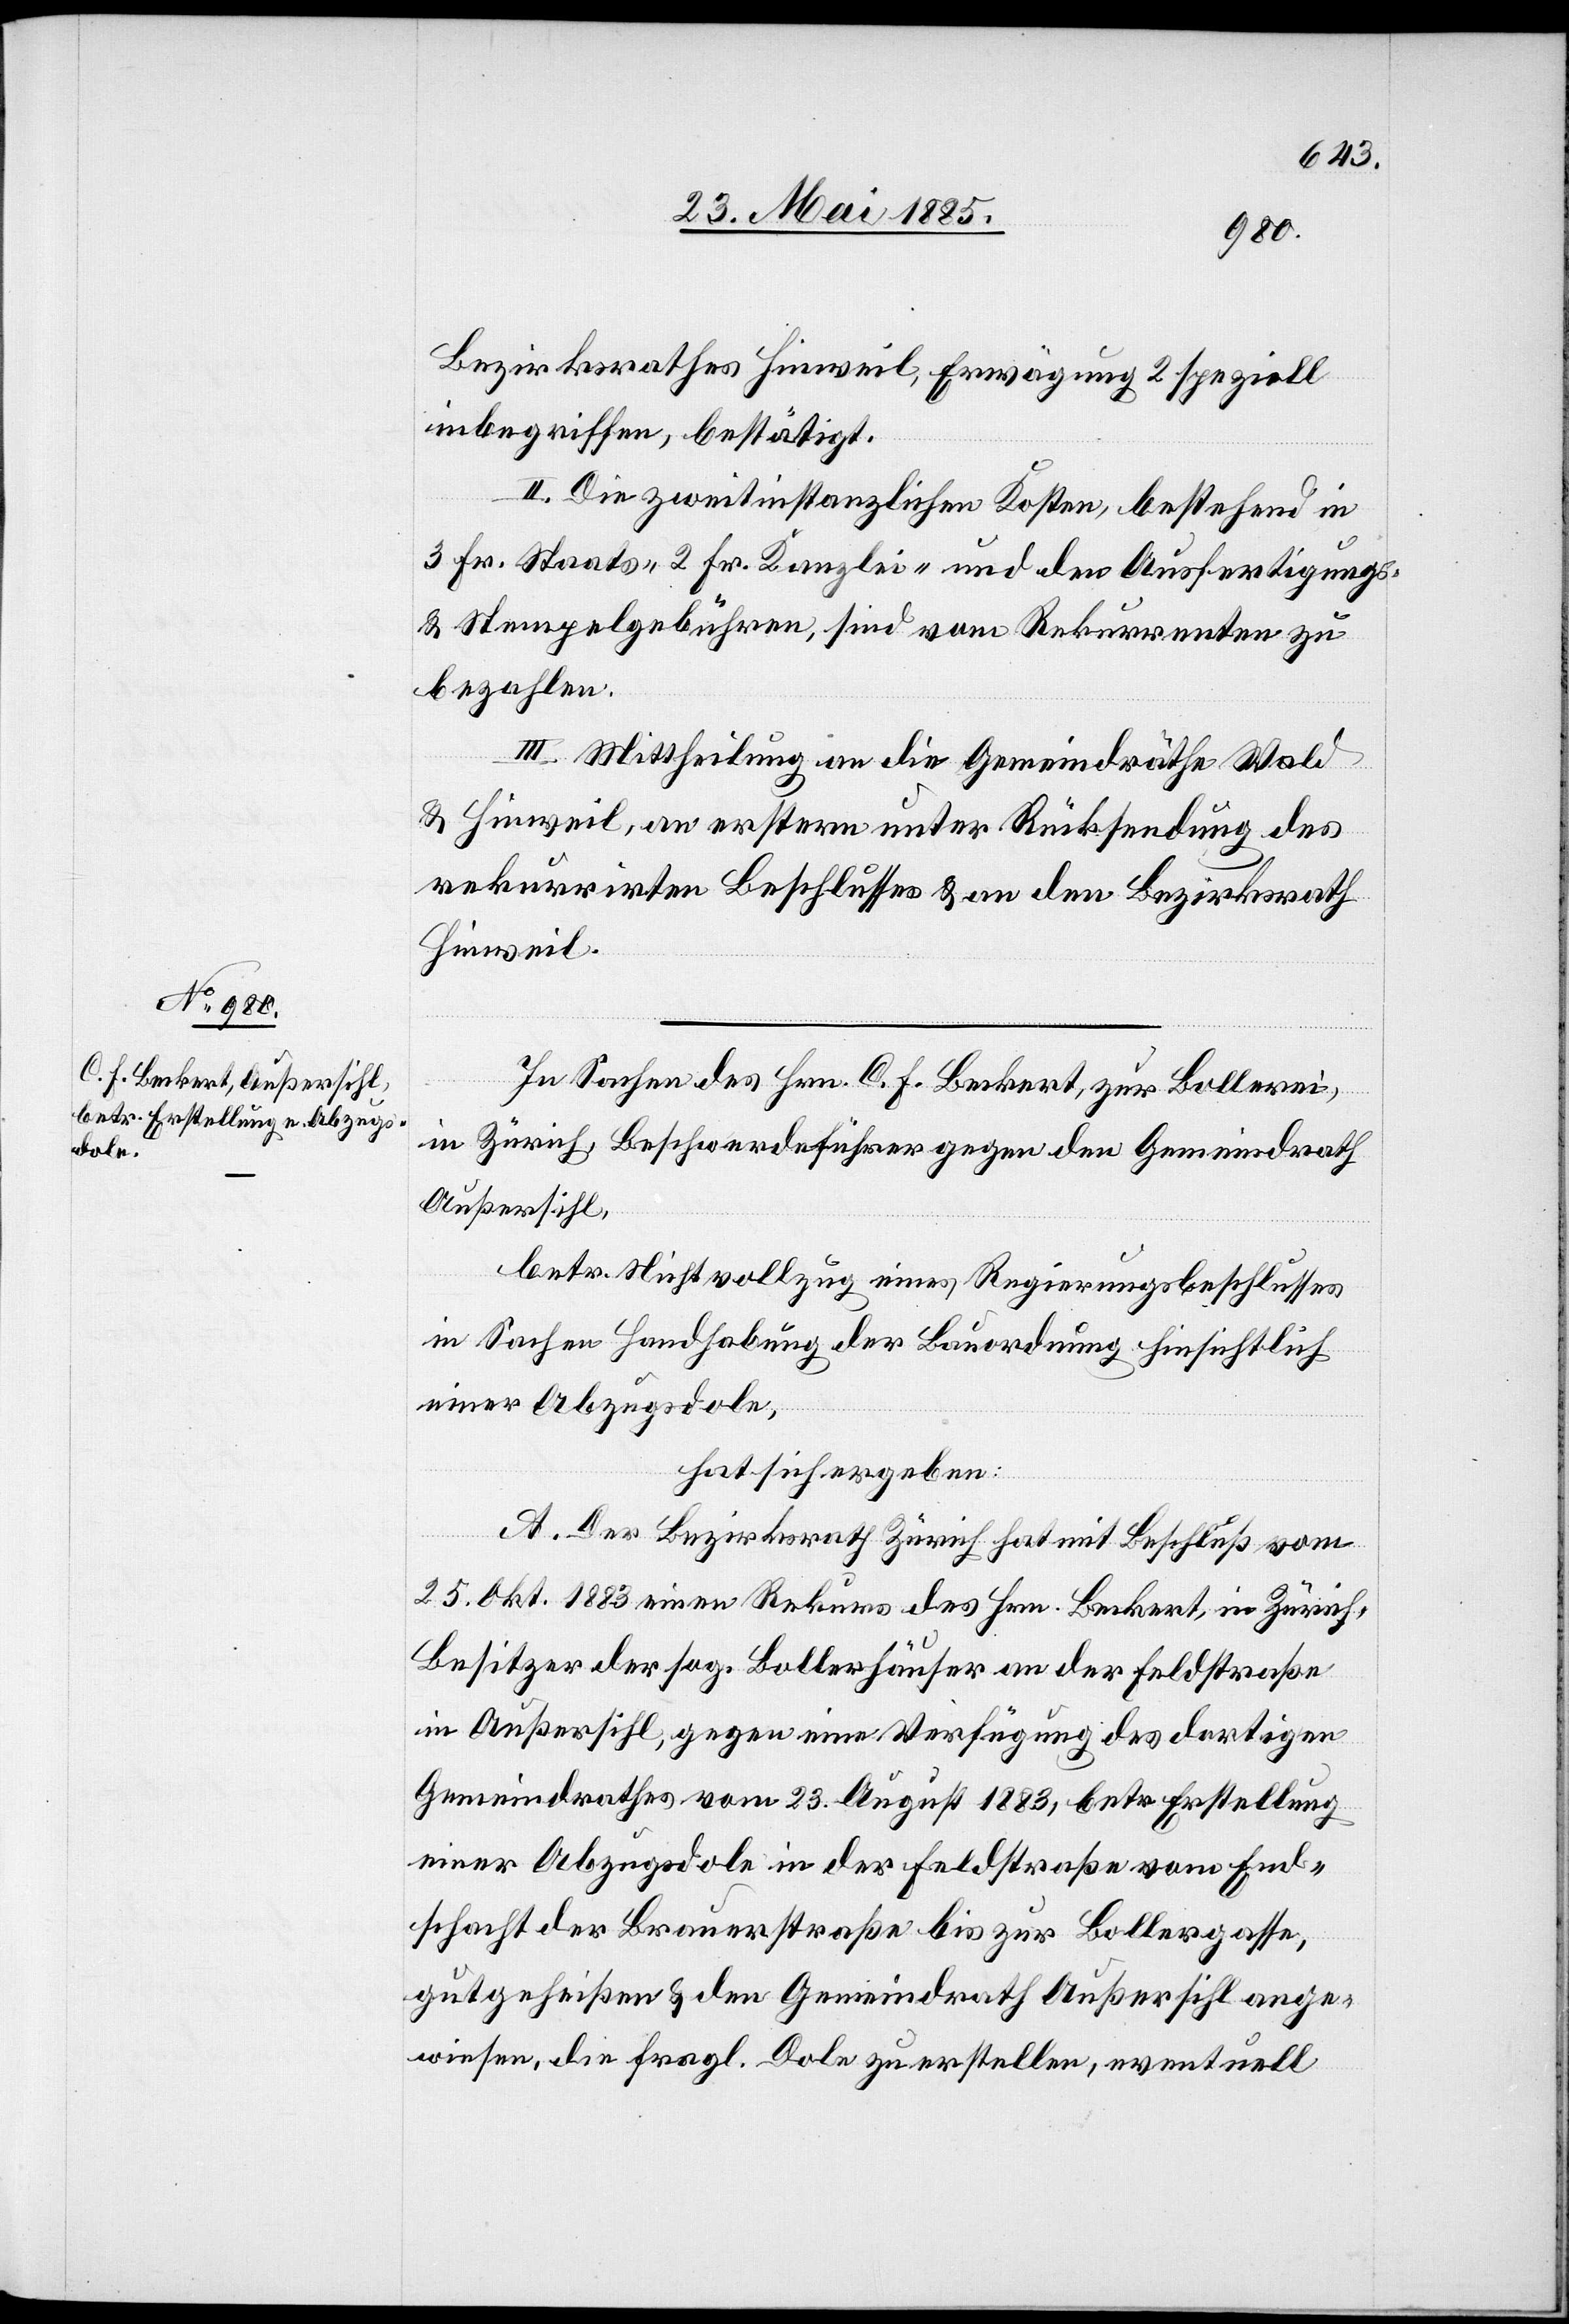
Bezirksrathes Hinweil, Erwägung 2 speziell
inbegriffen, bestätigt.
II. Die zweitinstanzlichen Kosten, bestehend in
3 Fr. Staats-[,] 2 Fr. Kanzlei- und den Ausfertigungs-
& Stempelgebühren, sind vom Rekurrenten zu
bezahlen.
III. Mittheilung an die Gemeindräthe Wald
& Hinweil, an erstere unter Rücksendung des
rekurrirten Beschlusses & an den Bezirksrath
Hinweil.
In Sachen des Hrn. C. F. Burkert, zur Bollerei,
in Zürich, Beschwerdeführer gegen den Gemeindrath
Außersihl,
betr. Nichtvollziehung eines Regierungsbeschlusses
in Sachen Handhabung der Bauordnung hinsichtlich
einer Abzugsdole,
hat sich ergeben:
A. Der Bezirksrath Zürich hat mit Beschluß vom
25. Okt. 1883 einen Rekurs des Hrn. Burkert, in Zürich,
Besitzer der sog. Bollerhäuser an der Feldstraße
in Außersihl, gegen eine Verfügung des dortigen
Gemeindrathes vom 23. August 1883, betr. Erstellung
einer Abzugsdole in der Feldstraße vom End¬
schacht der Brauerstraße bis zur Bollergasse,
gutgeheißen & den Gemeindrath Außersihl ange¬
wiesen, die fragl. Dole zu erstellen, eventuell